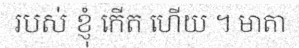
របស់ ខ្ញុំ កើត ហើយ ។ មាតា